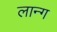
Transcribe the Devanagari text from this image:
लान्ग